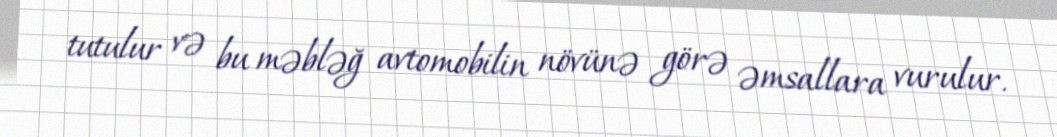
tutulur və bu məbləğ avtomobilin növünə görə əmsallara vurulur.